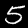
Label: 5